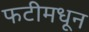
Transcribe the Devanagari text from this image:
फटीमधून